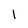
Character: 1